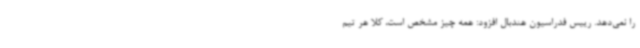
را نمی‌دهد. رییس فدراسیون هندبال افزود: همه چیز مشخص است، کلا هر تیم